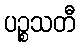
ပဉ္စသတီ